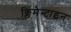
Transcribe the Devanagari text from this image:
क्लिमेन्टाइन